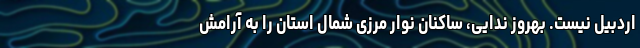
اردبیل نیست. بهروز ندایی، ساکنان نوار مرزی شمال استان را به آرامش